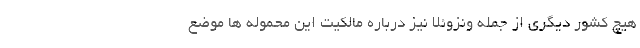
هیچ کشور دیگری از جمله ونزوئلا نیز درباره مالکیت این محموله ها موضع